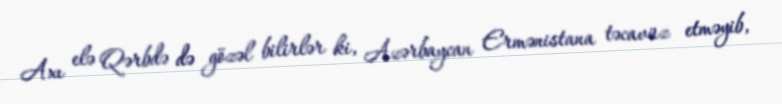
Axı elə Qərbdə də gözəl bilirlər ki, Azərbaycan Ermənistana təcavüz etməyib,